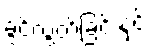
ခွင့်လွှတ်ခြင်းနှင့်